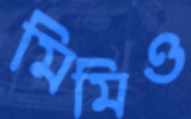
মিমিও